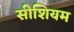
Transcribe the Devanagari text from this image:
सीशियम